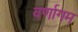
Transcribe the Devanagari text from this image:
वर्णागम